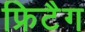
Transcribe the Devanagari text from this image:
फ्रिटैग